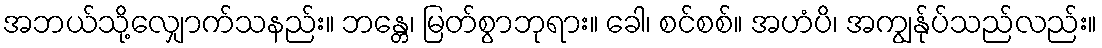
အဘယ်သို့လျှောက်သနည်း။ ဘန္တေ၊ မြတ်စွာဘုရား။ ခေါ၊ စင်စစ်။ အဟံပိ၊ အကျွန်ုပ်သည်လည်း။